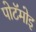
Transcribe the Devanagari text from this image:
पोटॅमोइ